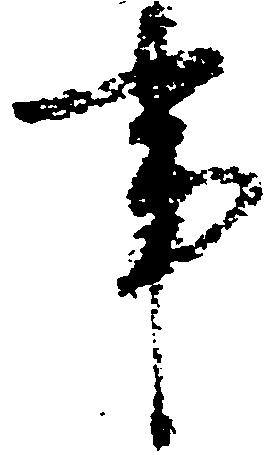
事